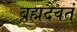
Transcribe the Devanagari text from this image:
ब्रह्मदैवतं